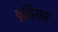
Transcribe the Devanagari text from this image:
वृद्घिंगत